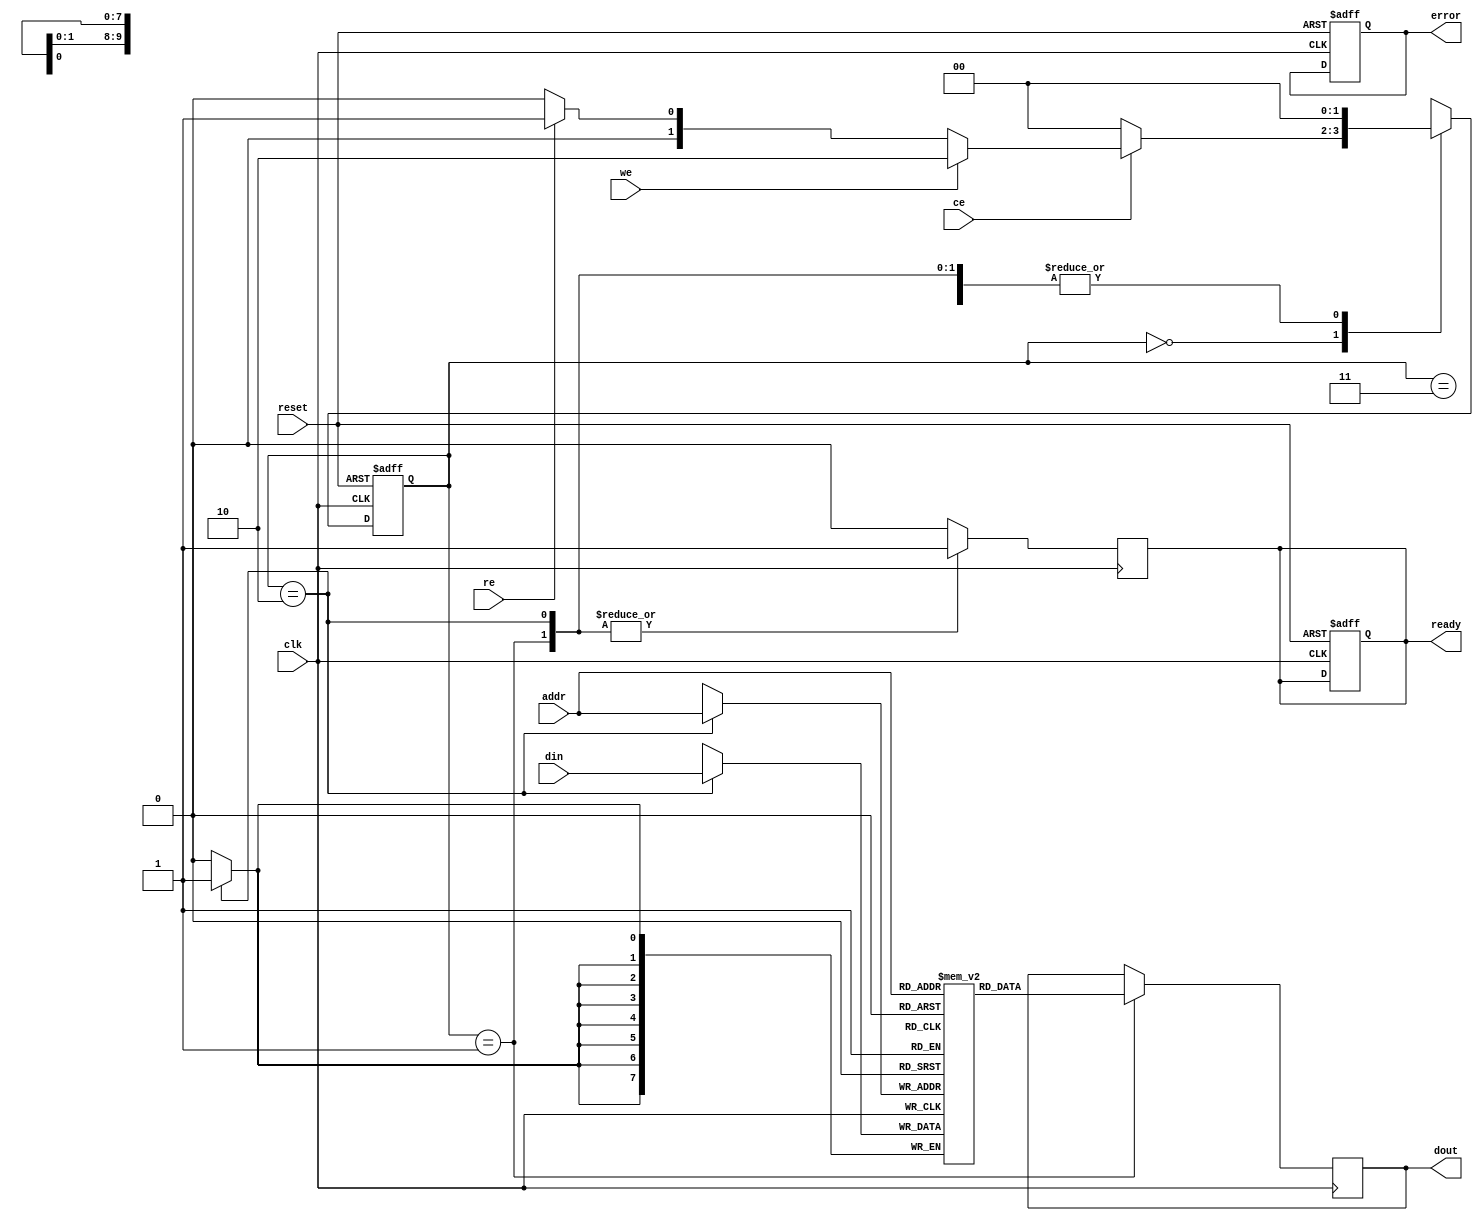
module nor_flash_io_block (
    input wire clk,
    input wire reset,
    input wire ce,                 // Chip Enable
    input wire we,                 // Write Enable
    input wire re,                 // Read Enable
    input wire [ADDR_WIDTH-1:0] addr, // Address input
    input wire [DATA_WIDTH-1:0] din,  // Data input
    output reg [DATA_WIDTH-1:0] dout,  // Data output
    output reg ready,              // Operation ready signal
    output reg error               // Error signal for operations
);

parameter ADDR_WIDTH = 10;         // Address width
parameter DATA_WIDTH = 8;          // Data width
parameter MEMORY_SIZE = 1 << ADDR_WIDTH; // Total memory size

reg [DATA_WIDTH-1:0] memory [0:MEMORY_SIZE-1]; // Memory array
reg [1:0] state;                   // State for FSM
reg [1:0] next_state;              // Next state for FSM

// State definitions
localparam IDLE = 2'b00;
localparam READ = 2'b01;
localparam WRITE = 2'b10;
localparam ERASE = 2'b11;

// State machine
always @(posedge clk or posedge reset) begin
    if (reset) begin
        state <= IDLE;
        ready <= 1;
        error <= 0;
    end else begin
        state <= next_state;
    end
end

// Next state logic
always @(*) begin
    case (state)
        IDLE: begin
            if (ce) begin
                if (we) begin
                    next_state = WRITE;
                end else if (re) begin
                    next_state = READ;
                end else begin
                    next_state = IDLE;
                end
            end else begin
                next_state = IDLE;
            end
        end
        READ: begin
            next_state = IDLE; // Return to IDLE after read
        end
        WRITE: begin
            next_state = IDLE; // Return to IDLE after write
        end
        ERASE: begin
            next_state = IDLE; // Return to IDLE after erase
        end
        default: next_state = IDLE;
    endcase
end

// Output logic
always @(posedge clk) begin
    case (state)
        READ: begin
            dout <= memory[addr];
            ready <= 1; // Operation is ready
        end
        WRITE: begin
            memory[addr] <= din; // Write data to memory
            ready <= 1; // Operation is ready
        end
        default: begin
            dout <= dout; // Hold previous data
            ready <= 0; // Not ready
        end
    endcase
end

// Erase operation (for demonstration purposes)
task erase_memory;
    integer i;
    begin
        for (i = 0; i < MEMORY_SIZE; i = i + 1) begin
            memory[i] = {DATA_WIDTH{1'b1}}; // Set all bits to 1
        end
    end
endtask

endmodule